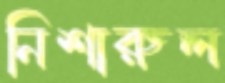
নিশারুল